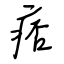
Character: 痞